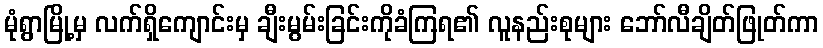
မုံရွာမြို့မှ လက်ရှိကျောင်းမှ ချီးမွမ်းခြင်းကိုခံကြရ၏ လူနည်းစုများ ဘော်လီချိတ်ဖြုတ်ကာ